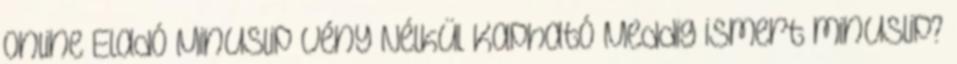
Online Eladó Minuslip Vény Nélkül Kapható Meddig ismert minuslip?